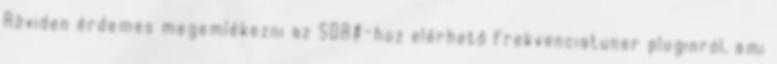
Röviden érdemes megemlékezni az SDR#-hoz elérhető frekvenciatuner pluginról, ami